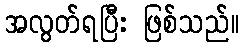
အလွတ်ရပြီး ဖြစ်သည်။